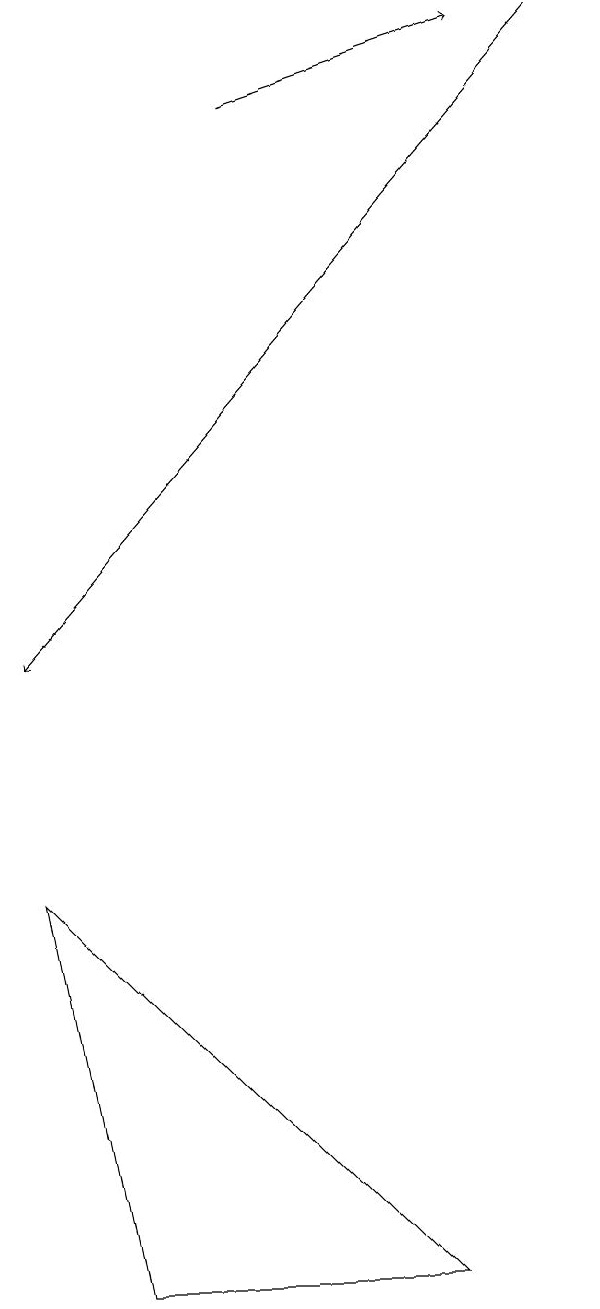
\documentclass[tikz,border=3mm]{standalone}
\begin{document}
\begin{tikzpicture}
\draw (2,3) -- (6,3) -- (1,8) -- cycle;
\draw[->] (8,19) -- (1,11);
\draw[->] (4,18) -- (7,19);
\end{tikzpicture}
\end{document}